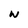
Character: w